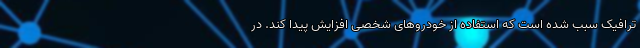
ترافیک سبب شده است که استفاده از خودروهای شخصی افزایش پیدا کند. در